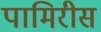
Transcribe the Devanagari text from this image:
पामिरीस